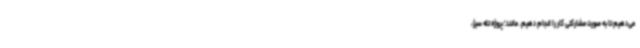
می‌دهیم تا به صورت مشارکتی کار را انجام دهیم. مانند؛ پروژه تله سیژ،